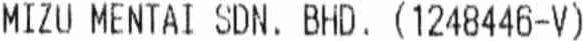
MIZU MENTAI SDN. BHD. (1248446-V)